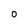
Character: 0